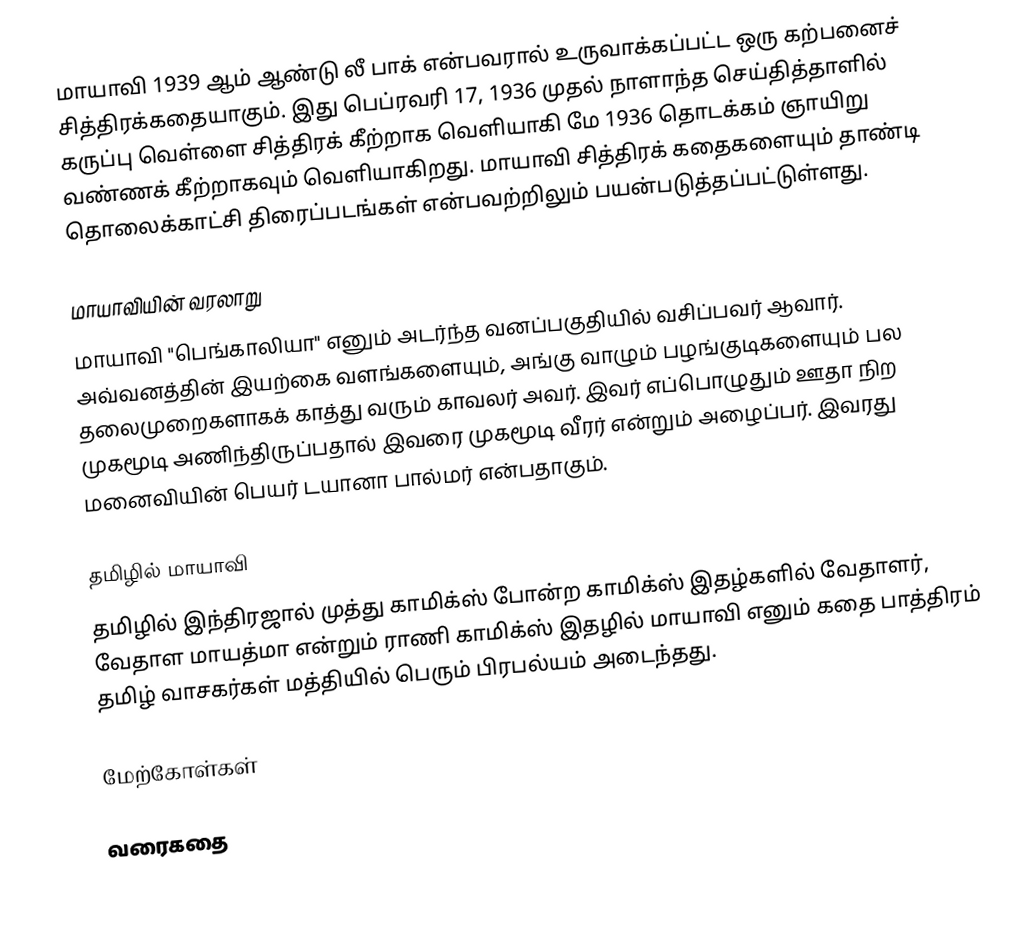
மாயாவி 1939 ஆம் ஆண்டு லீ பாக் என்பவரால் உருவாக்கப்பட்ட ஒரு கற்பனைச் சித்திரக்கதையாகும். இது பெப்ரவரி 17, 1936 முதல் நாளாந்த செய்தித்தாளில் கருப்பு வெள்ளை சித்திரக் கீற்றாக வெளியாகி மே 1936 தொடக்கம் ஞாயிறு வண்ணக் கீற்றாகவும் வெளியாகிறது. மாயாவி சித்திரக் கதைகளையும் தாண்டி தொலைக்காட்சி திரைப்படங்கள் என்பவற்றிலும் பயன்படுத்தப்பட்டுள்ளது.

மாயாவியின் வரலாறு
மாயாவி "பெங்காலியா" எனும் அடர்ந்த வனப்பகுதியில் வசிப்பவர் ஆவார். அவ்வனத்தின் இயற்கை வளங்களையும், அங்கு வாழும் பழங்குடிகளையும் பல தலைமுறைகளாகக் காத்து வரும் காவலர் அவர். இவர் எப்பொழுதும் ஊதா நிற முகமூடி அணிந்திருப்பதால் இவரை முகமூடி வீரர் என்றும் அழைப்பர். இவரது மனைவியின் பெயர் டயானா பால்மர் என்பதாகும்.

தமிழில் மாயாவி
தமிழில் இந்திரஜால் முத்து காமிக்ஸ் போன்ற காமிக்ஸ் இதழ்களில் வேதாளர், வேதாள மாயத்மா என்றும் ராணி காமிக்ஸ் இதழில் மாயாவி எனும் கதை பாத்திரம் தமிழ் வாசகர்கள் மத்தியில் பெரும் பிரபல்யம் அடைந்தது.

மேற்கோள்கள்

வரைகதை